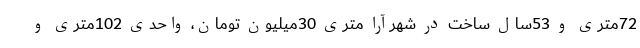
72متری و 53سال ساخت در شهرآرا متری 30میلیون تومان، واحدی 102متری و